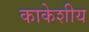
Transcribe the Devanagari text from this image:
काकेशीय